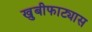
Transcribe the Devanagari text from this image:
खुबीफाट्यास